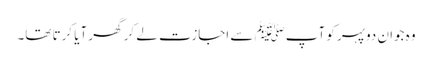
وہ جوان دوپہر کو آپﷺ سے اجازت لے کر گھر آیا کرتا تھا۔